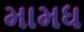
મામધ